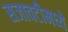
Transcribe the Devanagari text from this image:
सजावटीमध्ये